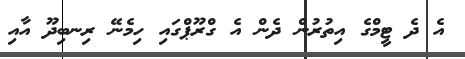
އެ ދެ ޓީމްގެ އިތުރުން ދެން އެ ގްރޫޕްގައި ހިމެނޭ ރިނބިދޫ އާއި